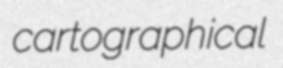
cartographical